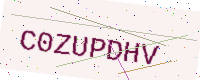
Text: C0ZUPDHV